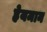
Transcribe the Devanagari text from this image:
हेयमान